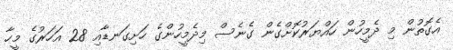
އެގޮތުން މި ދެމީހުން ހައްޔަރުކޮށްގެން ގެނެސް މިދެމީހުންގެ ހަށިގަނޑާއި 28 އަހަރުގެ މީހާ